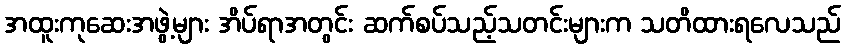
အထူးကုဆေးအဖွဲ့များ အိပ်ရာအတွင်း ဆက်စပ်သည့်သတင်းများက သတိထားရလေသည်